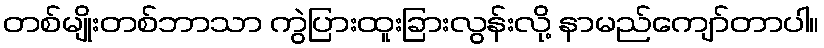
တစ်မျိုးတစ်ဘာသာ ကွဲပြားထူးခြားလွန်းလို့ နာမည်ကျော်တာပါ။